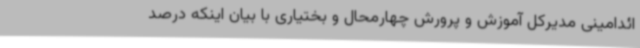
ائدامینی مدیرکل آموزش و پرورش چهارمحال و بختیاری با بیان اینکه درصد